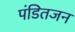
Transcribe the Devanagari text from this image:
पंडितजन